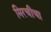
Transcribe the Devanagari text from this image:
मिरचीचा